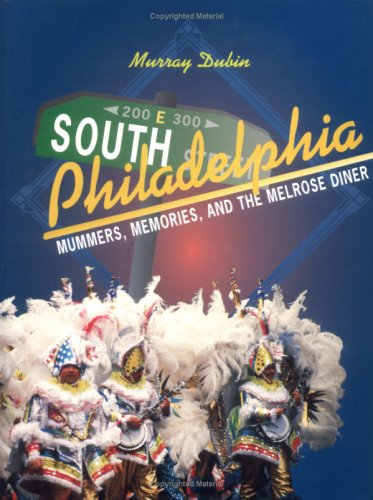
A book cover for South Philadelphia: Mummers, Memories, and the Melrose Diner; Murray Dubin; Travel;